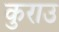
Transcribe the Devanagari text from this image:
कुराउ